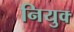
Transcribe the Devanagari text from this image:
नियुक्‍